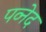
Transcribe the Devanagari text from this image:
पव्नेद